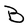
Character: B